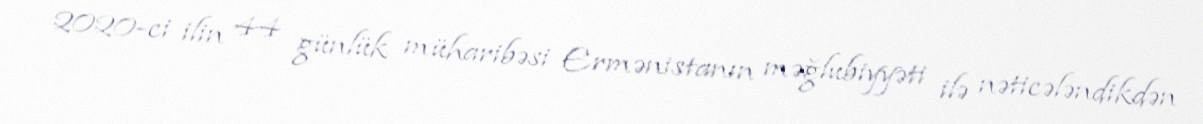
2020-ci ilin 44 günlük müharibəsi Ermənistanın məğlubiyyəti ilə nəticələndikdən